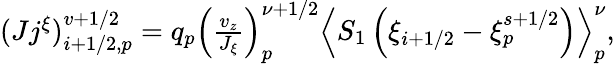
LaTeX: \begin{array}{r}{(Jj^{\xi})_{i+1/2,p}^{v+1/2}=q_{p}\left(\frac{v_{z}}{J_{\xi}}\right)_{p}^{\nu+1/2}\left\langle{S_{1}}\left({\xi}_{i+1/2}-{\xi}_{p}^{s+1/2}\right)\right\rangle_{p}^{\nu},}\end{array}